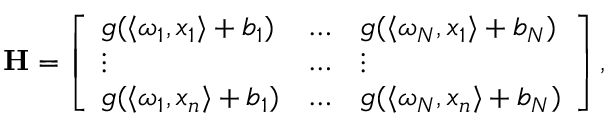
\begin{array} { r } { \mathbf { H } = \left[ \begin{array} { l l l } { g ( \langle \omega _ { 1 } , x _ { 1 } \rangle + b _ { 1 } ) } & { \dots } & { g ( \langle \omega _ { N } , x _ { 1 } \rangle + b _ { N } ) } \\ { \vdots } & { \dots } & { \vdots } \\ { g ( \langle \omega _ { 1 } , x _ { n } \rangle + b _ { 1 } ) } & { \dots } & { g ( \langle \omega _ { N } , x _ { n } \rangle + b _ { N } ) } \end{array} \right] , } \end{array}